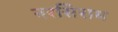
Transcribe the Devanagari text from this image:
नरसिराम